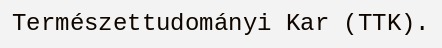
Természettudományi Kar (TTK).